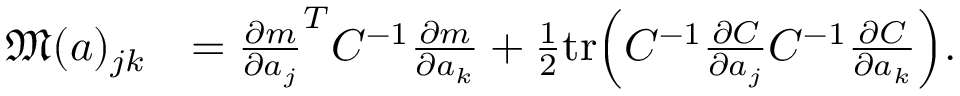
\begin{array} { r l } { \mathfrak { M } ( a ) _ { j k } } & { = \frac { \partial m } { \partial a _ { j } } ^ { T } C ^ { - 1 } \frac { \partial m } { \partial a _ { k } } + \frac { 1 } { 2 } \mathrm { t r } \Bigl ( C ^ { - 1 } \frac { \partial C } { \partial a _ { j } } C ^ { - 1 } \frac { \partial C } { \partial a _ { k } } \Bigr ) . } \end{array}